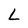
Character: L